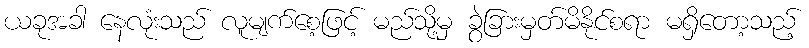
ယခုအခါ နေလုံးသည် လူမျက်စေ့ဖြင့် မည်သို့မှ ခွဲခြားမှတ်မိနိုင်စရာ မရှိတော့သည့်